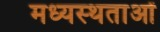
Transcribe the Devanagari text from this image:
मध्‍यस्‍थताओं